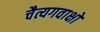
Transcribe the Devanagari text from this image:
चैत्यगवाक्षों